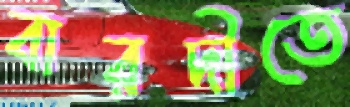
বারদীতে